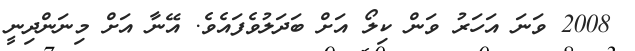
2008 ވަނަ އަހަރު ވަން ކިލޯ އަށް ބަދަލުވެފައެވެ. އޭނާ އަށް މިނަންދިނީ